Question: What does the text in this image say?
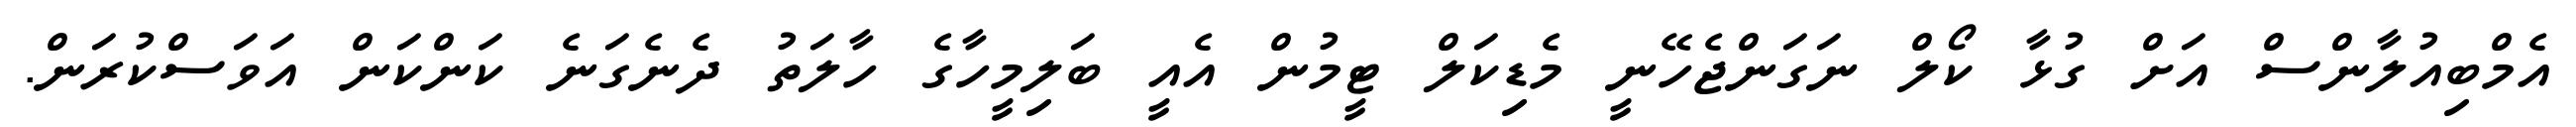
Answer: އެމްބިއުލާންސް އަށް ގުޅާ ކޯލް ނަގަންޖެހޭނީ މެޑިކަލް ޓީމުން އެއީ ބަލިމީހާގެ ހާލަތު ދެނެގަނެ ކަންކަން އަވަސްކުރަން.